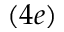
( 4 e )